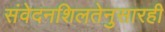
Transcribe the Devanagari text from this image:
संवेदनशिलतेनुसारही